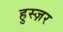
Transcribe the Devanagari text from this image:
हुस्ज़र